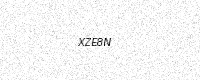
Text: XZE8N